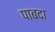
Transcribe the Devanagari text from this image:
पाबदा